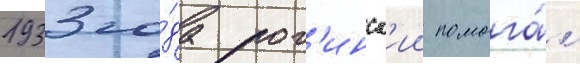
1933 го́да рог'инск'ии помога́л